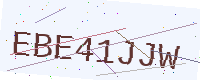
Text: EBE41JJW